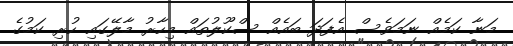
މަނާ ކަމެއް ނަމަވެސް އެފަދަ ބައެއް ސްކޫލުތައް މިހާރު މާލޭގައި ހުރި ކަމުގެ